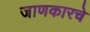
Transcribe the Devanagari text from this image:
जाणकारचे